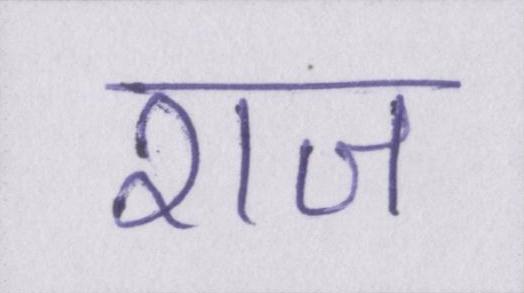
राज